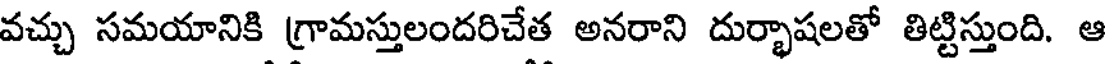
వచ్చు సమయానికి గ్రామస్తులందరిచేత అనరాని దుర్భాషలతో తిట్టిస్తుంది. ఆ